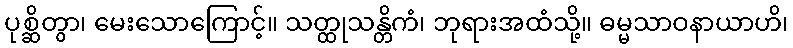
ပုစ္ဆိတွာ၊ မေးသောကြောင့်။ သတ္ထုသန္တိကံ၊ ဘုရားအထံသို့။ ဓမ္မသာဝနာယာဟိ၊